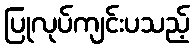
ပြုလုပ်ကျင်းပသည့်